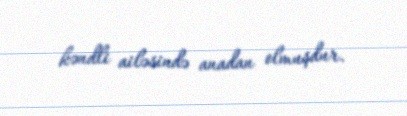
kəndli ailəsində anadan olmuşdur.